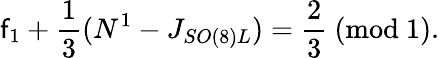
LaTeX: \mathsf{f}_{1}+{\frac{{1}}{{3}}}(N^{1}-J_{SO(8)L})={\frac{{2}}{{3}}}~(\mathrm{{mod~1}}).